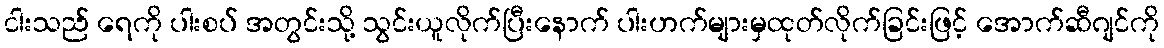
ငါးသည် ရေကို ပါးစပ် အတွင်းသို့ သွင်းယူလိုက်ပြီးနောက် ပါးဟက်များမှထုတ်လိုက်ခြင်းဖြင့် အောက်ဆီဂျင်ကို